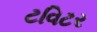
ટવિટર